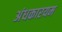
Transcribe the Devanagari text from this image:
अंधकारयम